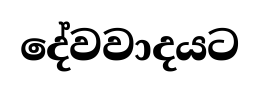
දේවවාදයට